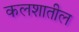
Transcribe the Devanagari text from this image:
कलशातील